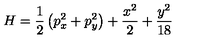
H = \frac { 1 } { 2 } \left( p _ { x } ^ { 2 } + p _ { y } ^ { 2 } \right) + \frac { x ^ { 2 } } { 2 } + \frac { y ^ { 2 } } { 1 8 }